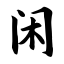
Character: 闲